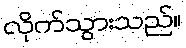
လိုက်သွားသည်။